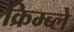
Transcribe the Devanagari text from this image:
क्रिम्ब्ले